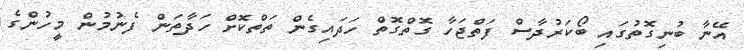
އޭނާ ބުނިގޮތުގައި ބޯކަރުދާސް ފަތްޖަހާ ގޮތްގޮތް ހަދައިގެން ތަތްކޮށް ހަދާތަން ފެނުމުން މީހުންގެ